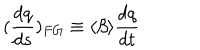
LaTeX: ( \frac { d q } { d s } ) _ { F G } \equiv \langle \beta \rangle \frac { d q } { d t }